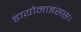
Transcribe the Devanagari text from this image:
डायोनाइसस।